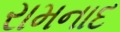
રામનાદ